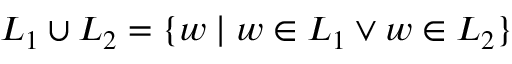
L _ { 1 } \cup L _ { 2 } = \{ w \mid w \in L _ { 1 } \lor w \in L _ { 2 } \}